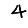
Digit: 4